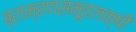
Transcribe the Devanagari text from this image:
ब्राम्हणसमूहलक्षी